Scottish Leaving Certificate Examination, 1953
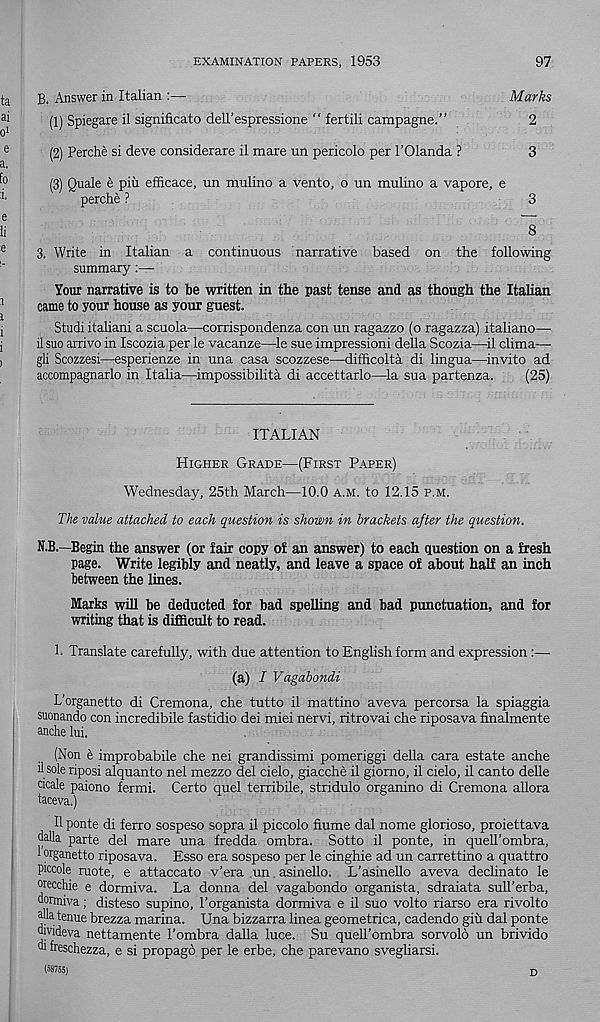
EXAMINATION PAPERS, 1953
97
B. Answer in Italian :—
Marks
(1) Spiegare il significato dell’espressione “ fertili campagne.”
2
(2) Perche si deve considerare il mare un pericolo per I’Olanda ?
3
(3) Quale e piu efficace, un mulino a vento, o un mulino a vapore, e
perche ?
3
8
3. Write in Italian a continuous narrative based on the following
summary :—•
Your narrative is to be written in the past tense and as though the Itahan
came to your house as your guest.
Studi italiani a scuola—corrispondenza con un ragazzo (o ragazza) italiano—
il suo arrive in Iscozia per le vacanze—le sue impressioni della Scozia—il clima—■
gli Scozzesi—esperienze in una casa scozzese—difiicolta di lingua—invito ad
accompagnarlo in Italia—impossibilita di accettarlo—la sua partenza.
(25)
ITALIAN
Higher Grade—(First Paper)
Wednesday, 25th March—10.0 a.m. to 12.15 p.m.
The value attached to each question is shown in brackets after the question.
N.B.—Begin the answer (or fair copy of an answer) to each question on a fresh
page. Write legibly and neatly, and leave a space of about half an inch
between the lines.
Marks will be deducted for bad speUing and bad punctuation, and for
writing that is difficult to read.
1. Translate carefully, with due attention to English form and expression :—•
(a) / Vagabondi
L’organetto di Cremona, che tutto il mattino aveva percorsa la spiaggia
suonando con incredibile fastidio dei miei nervi, ritrovai che riposava fmalmente
anche hi.
(Non e improbabile che nei grandissimi pomeriggi della cara estate anche
il soleriposi alquanto nel mezzo del cielo, giacche il giomo, il cielo, il canto delle
cicale paiono fermi. Certo quel terribile, stridulo organino di Cremona allora
taceva.)
II ponte di ferro sospeso sopra il piccolo fiume dal nome glorioso, proiettava
dalla parte del mare una fredda ombra. Sotto il ponte, in quell’ombra,
1 organetto riposava. Esso era sospeso per le cinghie ad un carrettino a quattro
piccole mote, e attaccato v’era un. asinello. L’asinello aveva declinato le
orecchie e dormiva. La donna del vagabondo organista, sdraiata sull’erba,
dormiva; disteso supino, 1’organista dormiva e il suo volto riarso era rivolto
'db tenue brezza marina. Una bizzarra linea geometrica, cadendo giu dal ponte
divideva nettamente I’ombra dalla luce. Su quell’ombra sorvolb un brivido
di freschezza, e si propago per le erbe, che parevano svegliarsi.
(58755)
D